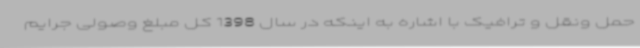
حمل ونقل و ترافیک با اشاره به اینکه در سال 1398 کل مبلغ وصولی جرایم